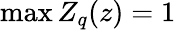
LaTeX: \operatorname*{max}Z_{q}(z)=1